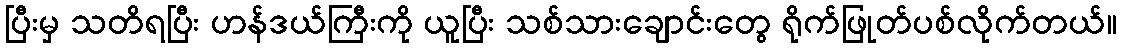
ပြီးမှ သတိရပြီး ဟန်ဒယ်ကြီးကို ယူပြီး သစ်သားချောင်းတွေ ရိုက်ဖြုတ်ပစ်လိုက်တယ်။